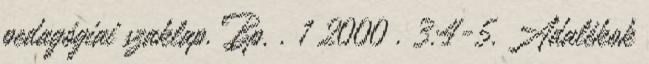
pedagógiai szaklap. Bp. . 1 2000 . 3:4-5. Adalékok